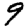
Digit: 9